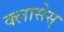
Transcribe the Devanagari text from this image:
क्लासेस्